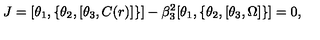
J = [ \theta _ { 1 } , \{ \theta _ { 2 } , [ \theta _ { 3 } , C ( r ) ] \} ] - \beta _ { 3 } ^ { 2 } [ \theta _ { 1 } , \{ \theta _ { 2 } , [ \theta _ { 3 } , \Omega ] \} ] = 0 ,